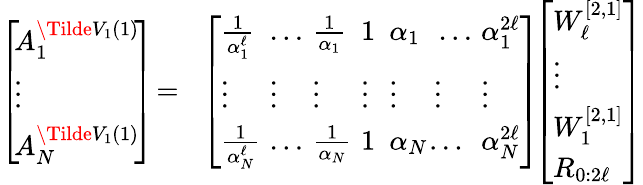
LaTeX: \begin{array}{rl}{\left[\begin{array}{l}{\! A_{1}^{\Tilde{V}_{1}(1)}\! }\\ {\! \vdots\! }\\ {\! A_{N}^{\Tilde{V}_{1}(1)}\! }\end{array}\right]\! =\! }&{\left[\begin{array}{lllllll}{\frac{1}{\alpha_{1}^{\ell}}\! \! }&{\! \! \dotsc\! \! }&{\! \! \frac{1}{\alpha_{1}}\! \! }&{\! \! 1\! \! }&{\! \! \alpha_{1}\! }&{\! \dotsc\! \! }&{\! \! \alpha_{1}^{2\ell}}\\ {\vdots\! \! }&{\! \! \vdots\! \! }&{\! \! \vdots\! \! }&{\! \! \vdots\! \! }&{\! \! \vdots\! \! }&{\! \! \vdots\! \! }&{\! \! \vdots}\\ {\frac{1}{\alpha_{N}^{\ell}}\! \! }&{\! \! \dotsc\! \! }&{\! \! \frac{1}{\alpha_{N}}\! \! }&{\! \! 1\! \! }&{\! \! \alpha_{N}\! \! \! }&{\! \! \! \dotsc\! \! }&{\! \! \alpha_{N}^{2\ell}}\end{array}\right]\! \! \left[\begin{array}{l}{W_{\ell}^{[2,1]}}\\ {\vdots}\\ {W_{1}^{[2,1]}}\\ {R_{0:2\ell}}\end{array}\right]}\end{array}